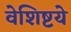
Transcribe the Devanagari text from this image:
वेशिष्टये